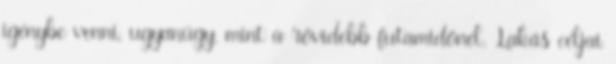
igénybe venni, ugyanúgy, mint a rövidebb futamidőnél. Lakás céljai